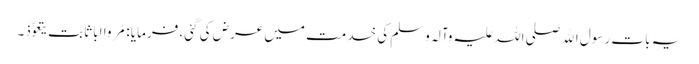
یہ بات رسول اﷲ صلی اللہ علیہ وآلہ وسلم کی خدمت میں عرض کی گئی، فرمایا : مُروا ابا ثابت یتعوّذ۔